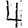
Digit: 4